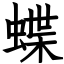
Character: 蝶